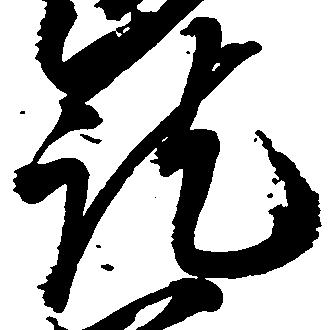
訖